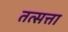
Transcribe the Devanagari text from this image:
तत्सत्ता